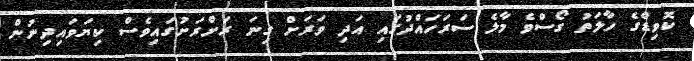
ކޮވިޑްގެ ހާލަތު ގޯސްވެ މާލެ ސަަރަހައްދުގައި އަދި ވަރަށް ގިނަ ރަށްރަށުގައިވެސް ކިޔަވައިދިނުން